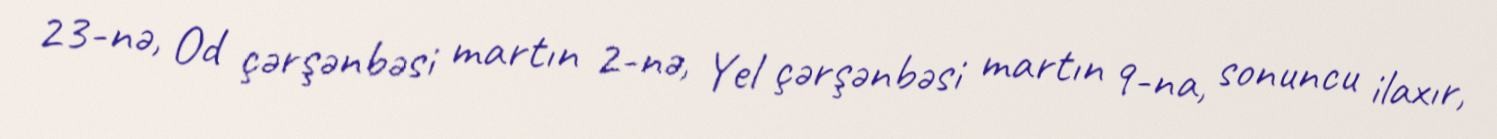
23-nə, Od çərşənbəsi martın 2-nə, Yel çərşənbəsi martın 9-na, sonuncu ilaxır,